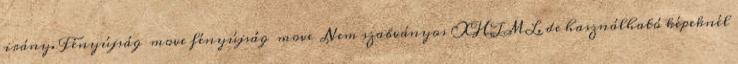
irány. Fényújság move fényújság move Nem szabványos XHTML, de használható képeknél